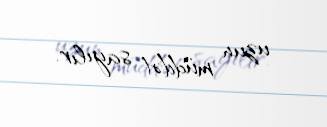
uzun müddət sayılır.